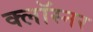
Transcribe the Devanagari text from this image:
क्लॉस्नर